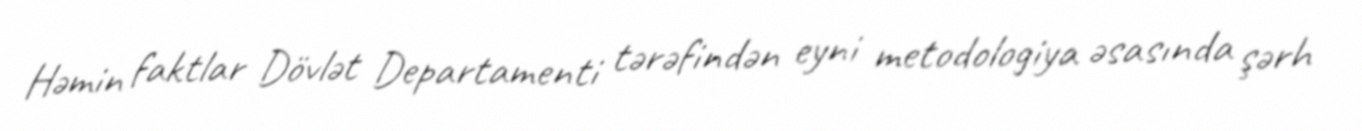
Həmin faktlar Dövlət Departamenti tərəfindən eyni metodologiya əsasında şərh